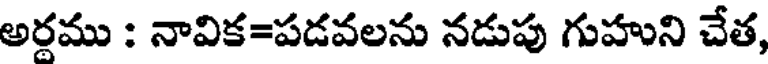
అర్దము : నావిక=పడవలను నడుపు గుహుని చేత,